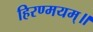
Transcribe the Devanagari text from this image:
हिरण्मयम्॥